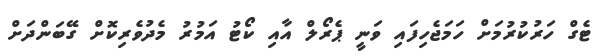
ޓެގް ހަރުކުރުމަށް ހަމަޖެހިފައި ވަނީ ޕެރޯލް އާއި ކޯޓު އަމުރު މެދުވެރިކޮށް ގޭބަންދަށް